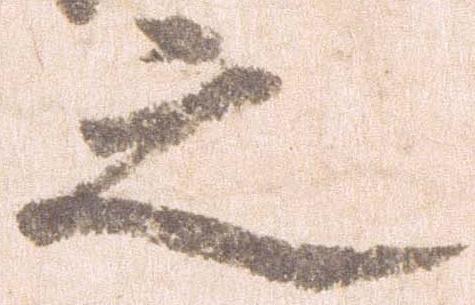
之